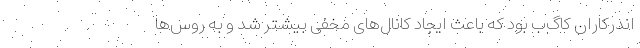
اندرکاران کاگ‌ب بود که باعث ایجاد کانال‌های مخفی بیشتر شد و به روس‌ها